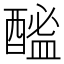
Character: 䤉